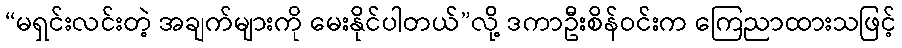
“မရှင်းလင်းတဲ့ အချက်များကို မေးနိုင်ပါတယ်”လို့ ဒကာဦးစိန်ဝင်းက ကြေညာထားသဖြင့်